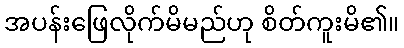
အပန်းဖြေလိုက်မိမည်ဟု စိတ်ကူးမိ၏။